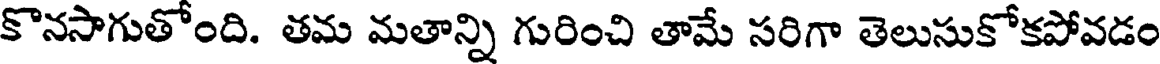
కొనసాగుతోంది. తమ మతాన్ని గురించి తామే సరిగా తెలుసుకోకపోవడం